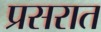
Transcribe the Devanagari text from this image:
प्रसरात